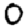
Digit: 0